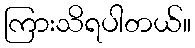
ကြားသိရပါတယ်။